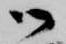
御